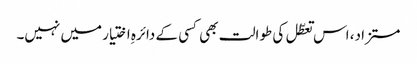
مستزاد، اس تعطّل کی طوالت بھی کسی کے دائرہِ اختیار میں نہیں۔